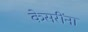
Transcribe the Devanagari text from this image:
केसरींना